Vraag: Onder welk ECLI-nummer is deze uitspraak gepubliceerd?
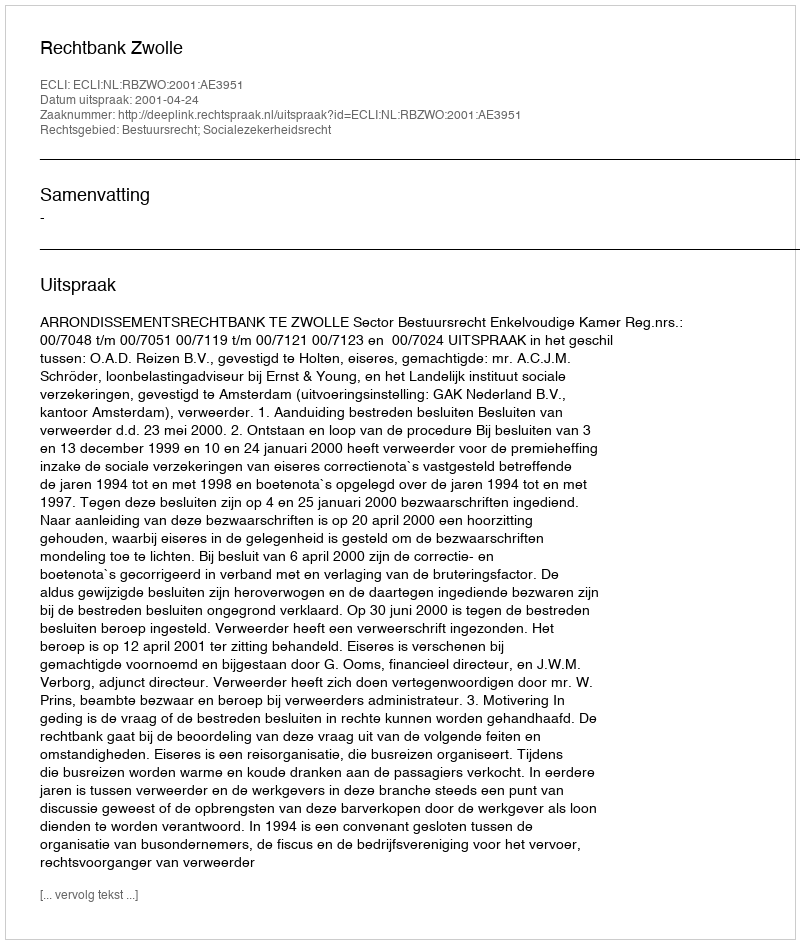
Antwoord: ECLI:NL:RBZWO:2001:AE3951